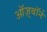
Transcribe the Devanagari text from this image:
ऑज़्बॉर्न